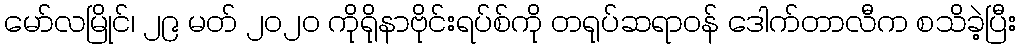
မော်လမြိုင်၊ ၂၉ မတ် ၂၀၂၀ ကိုရိုနာဗိုင်းရပ်စ်ကို တရုပ်ဆရာဝန် ဒေါက်တာလီက စသိခဲ့ပြီး